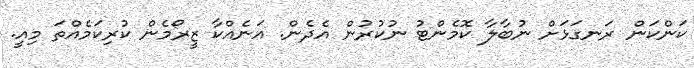
ކަންކަން ރަނގަޅަށް ނުބާލާ ކޮމެންޓު ނުކުރުން އެދެން. އަނެއްކާ ޒީރޯމެން ކުރިކަމެއްތަ މިއީ.